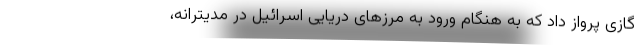
گازی پرواز داد که به هنگام ورود به مرزهای دریایی اسرائیل در مدیترانه،